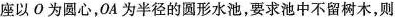
座以О为圆心，0A为半径的圆形水池，要求池中不留树木，则